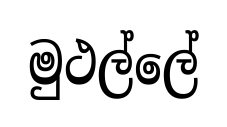
මුථල්ලේ